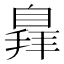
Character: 𦤛